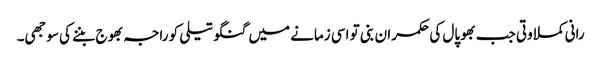
رانی کملا وتی جب بھوپال کی حکمران بنی تو اسی زمانے میں گنگو تیلی کو راجہ بھوج بننے کی سوجھی۔